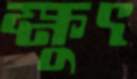
ক্ষুৎ